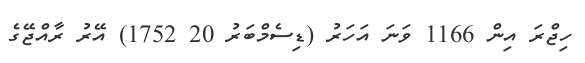
ހިޖްރަ އިން 1166 ވަނަ އަހަރު (ޑިސެމްބަރު 20 1752) އޭރު ރާއްޖޭގެ